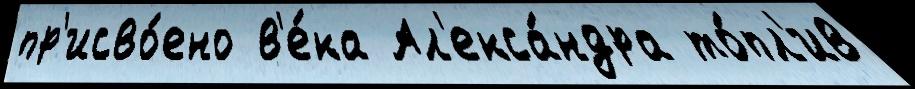
пр'исво́ено в'е́ка Ал'екса́ндра то́пл'ив